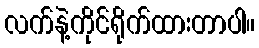
လက်နဲ့ကိုင်ရိုက်ထားတာပါ။